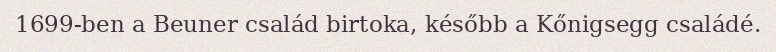
1699-ben a Beuner család birtoka, később a Kőnigsegg családé.